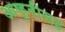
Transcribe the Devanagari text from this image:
आकृतीसह